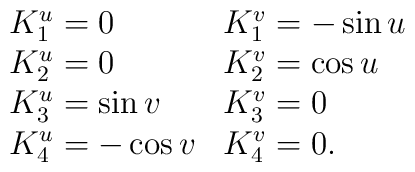
\begin{array}{l l }K_{1}^{u}= 0 &K_{1}^{v}=-\sin u  \\ K_{2}^{u}=0 &K_{2}^{v}=\cos u \\K_{3}^{u}= \sin v  &K_{3}^{v}=0  \\K_{4}^{u}= -\cos v & K_{4}^{v}=0 . \\\end{array}